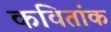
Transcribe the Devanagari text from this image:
कवितांक